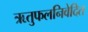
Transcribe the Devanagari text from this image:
ऋतुफलनिवेदित